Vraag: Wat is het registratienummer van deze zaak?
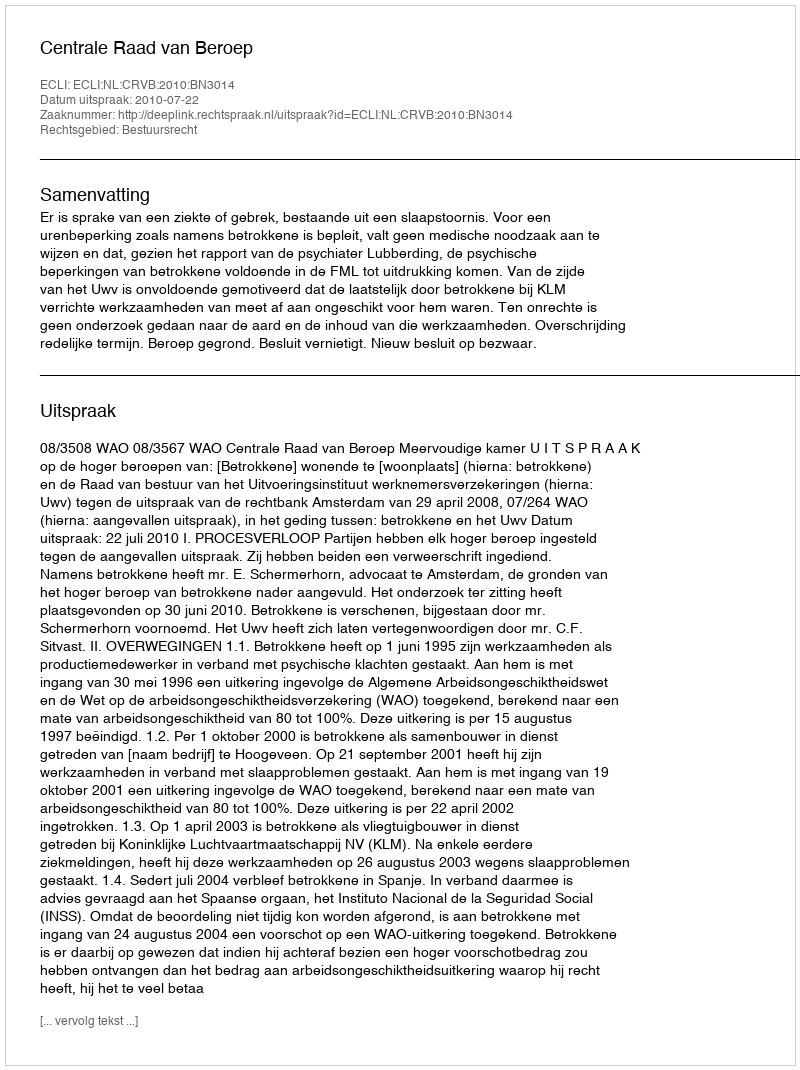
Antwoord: http://deeplink.rechtspraak.nl/uitspraak?id=ECLI:NL:CRVB:2010:BN3014